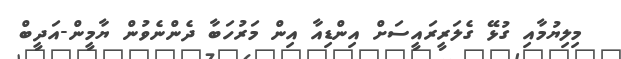
މިލިޔުމާއި ގުޅޭ ގެލަރީރައީސަށް އިންޑިއާ އިން މަރުހަބާ ދެންނެވުން ޔާމީން-އަދީބް